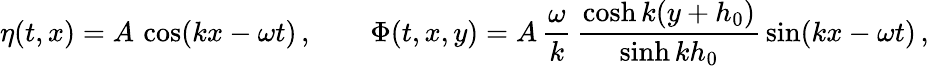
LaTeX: \eta(t,x)=A\, \cos(kx-\omega t)\, ,\qquad\Phi(t,x,y)=A\, \frac{\omega}{k}\, \frac{\cosh k(y+h_{0})}{\sinh kh_{0}}\, \sin(kx-\omega t)\, ,